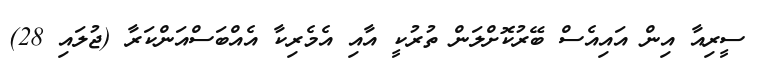
ސީރިއާ އިން އައިއެސް ބޭރުކޮށްލަން ތުރުކީ އާއި އެމެރިކާ އެއްބަސްއަންކަރާ (ޖުލައި 28)